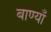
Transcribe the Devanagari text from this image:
बाण्याँ